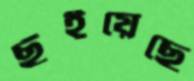
ছুঁইয়েছে